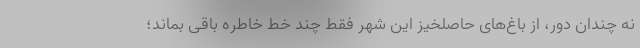
نه چندان دور، از باغ‌های حاصلخیز این شهر فقط چند خط خاطره باقی بماند؛